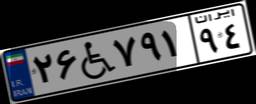
۵۹W۸۴۳۷۲